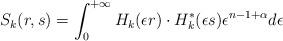
LaTeX: \begin{align*}S_k(r,s)=\int_0^{+\infty}H_{k}(\epsilon r)\cdot H_{k}^{*}(\epsilon s)\epsilon^{n-1+\alpha}d\epsilon\end{align*}